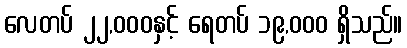
လေတပ် ၂၂,၀၀၀နှင့် ရေတပ် ၁၉,၀၀၀ ရှိသည်။